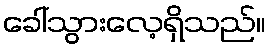
ခေါ်သွားလေ့ရှိသည်။